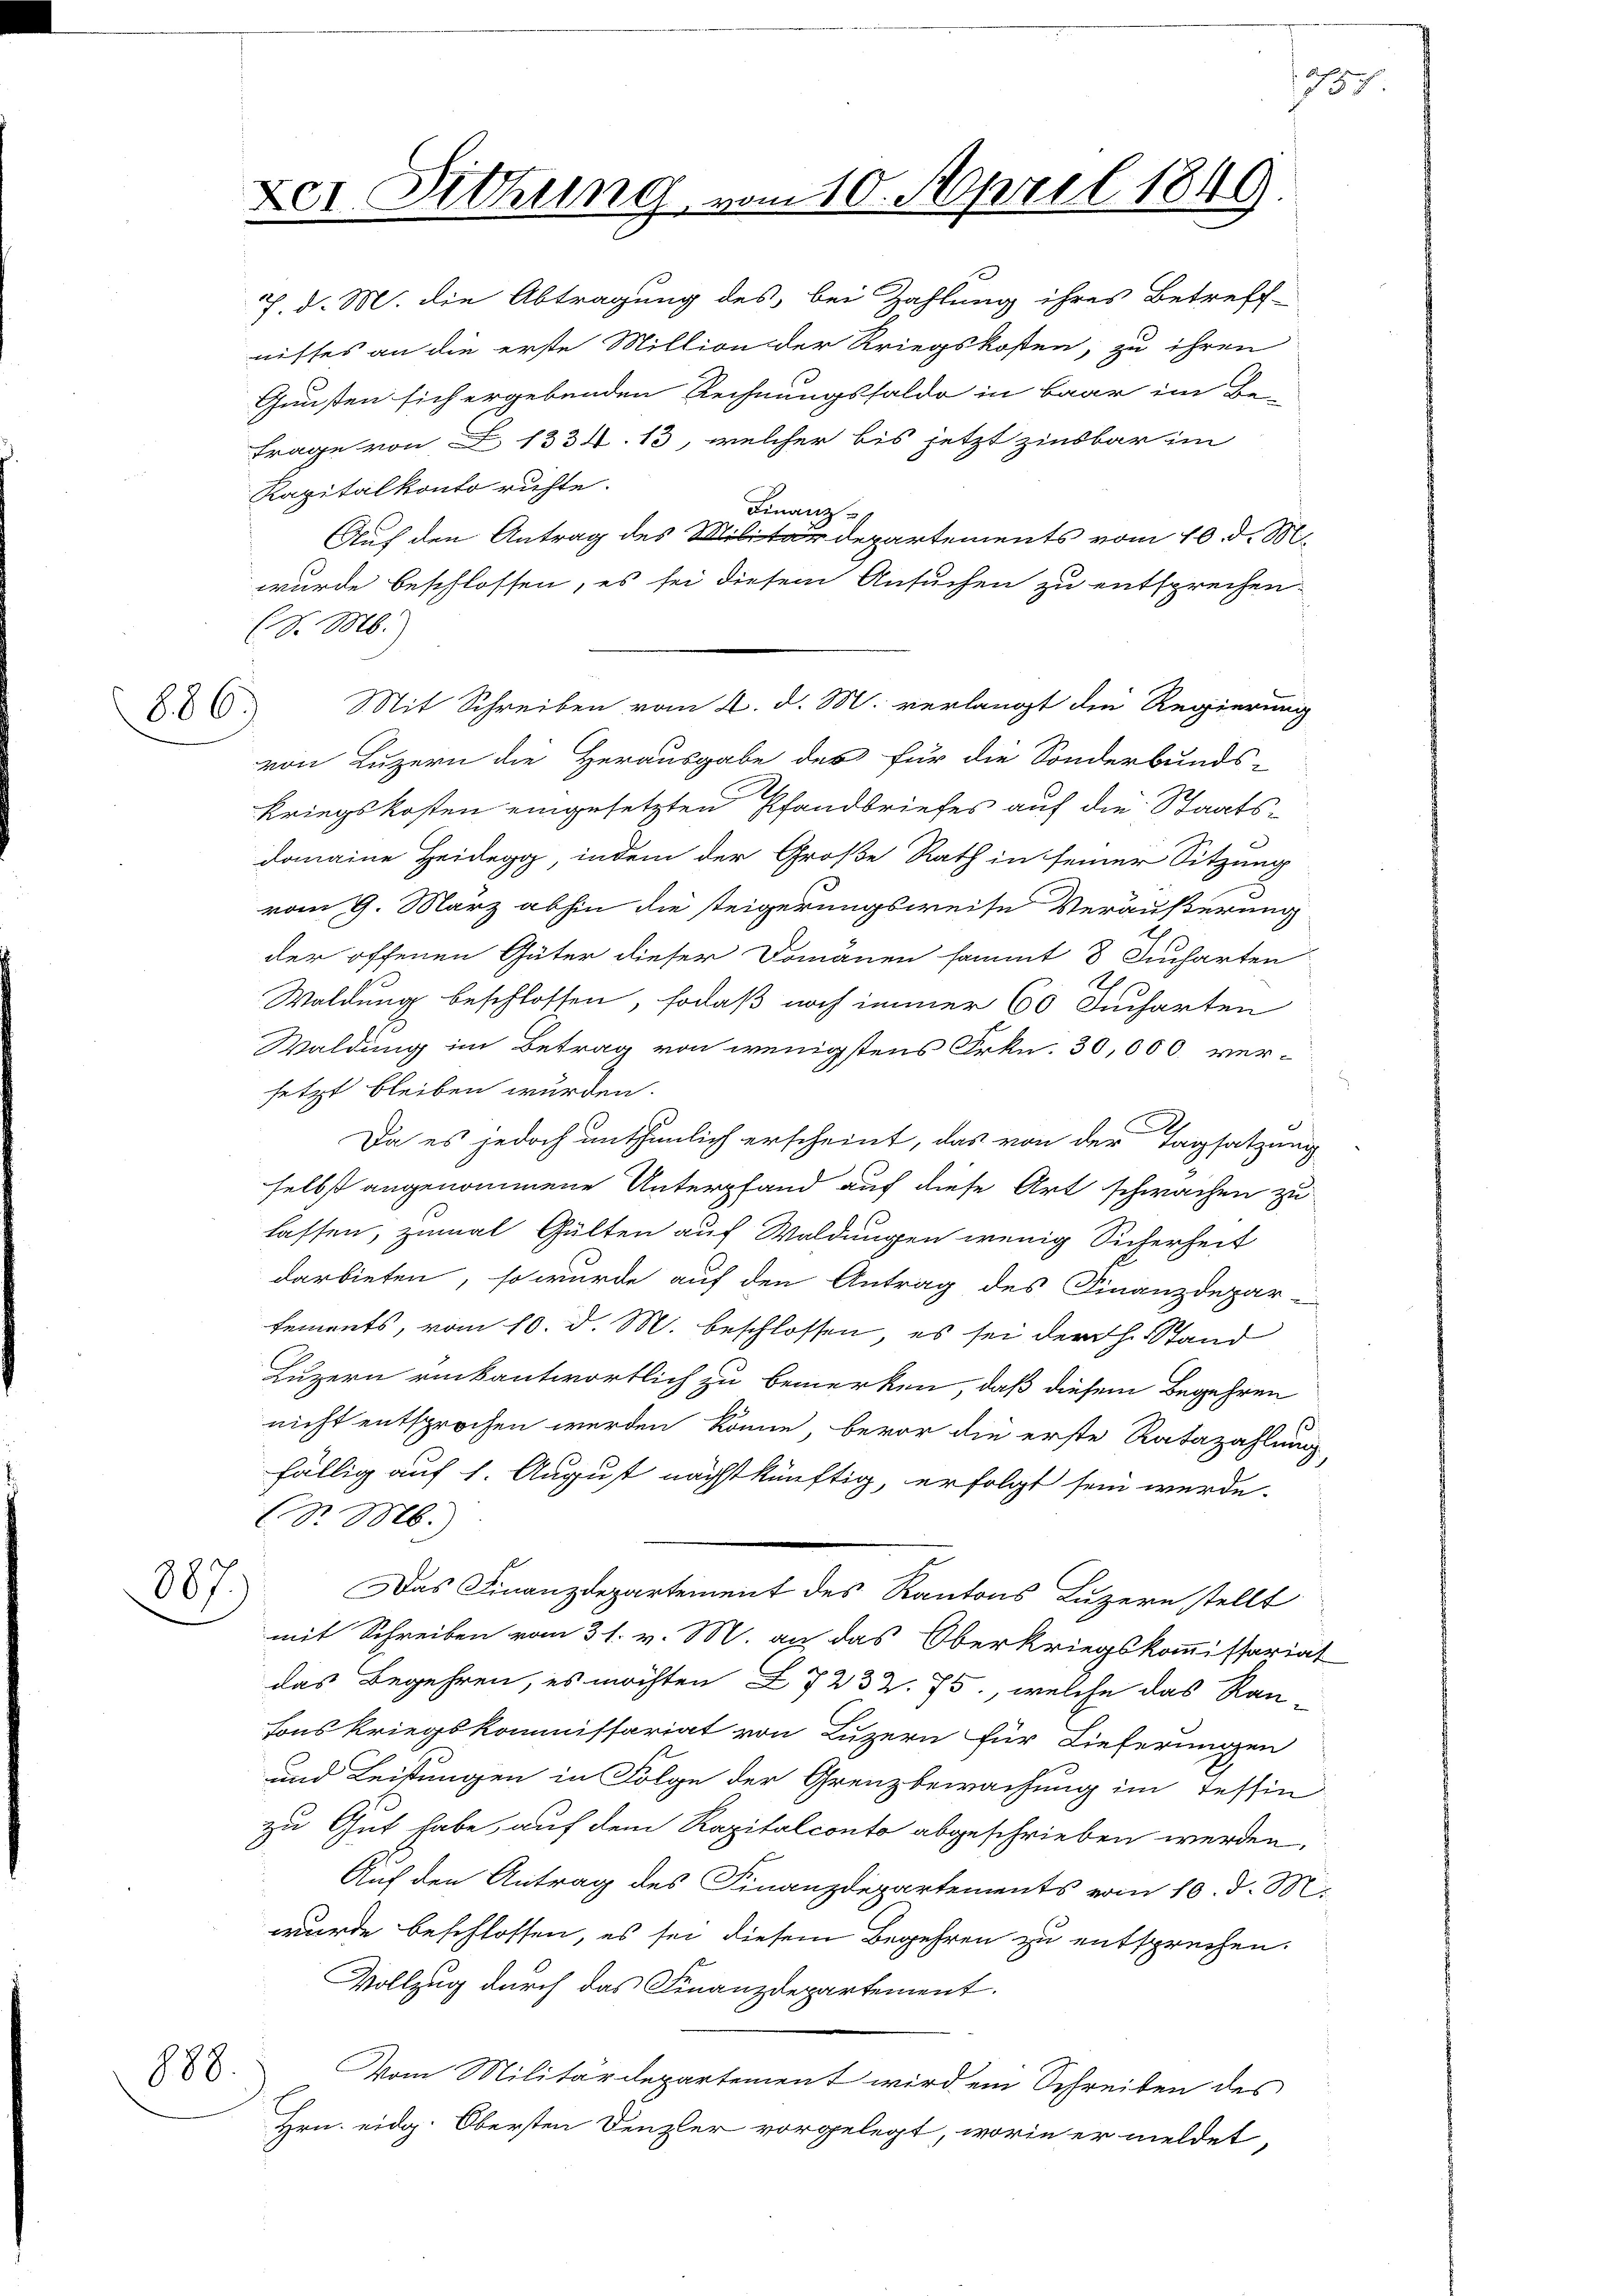
886)

Gunsten sich ergebenden Rechnungssaldo in baar im Be-
Frage von Z. 1334. 13, welcher bis jetzt zinsbar im
Rapitalkonto richte.
Finanz
Auf den Antrag des Militärdepartements vom 10. d. M.
wurde beschlossen, es sei diesem Ansuchen zu entsprechen.
(S. M.
von Luzern die Herausgabe des für die Sonderbunds-
Kriegskosten eingesetzten Pfandbriefes auf die Staatsdomaine Heidegg, indem der Große Rath in seiner Sitzung
vom 9. März abhin die steigerungsweise Veräußerung
der offenen Güter dieser Domänen sammt 8 Jucharten
Waldung beschlossen, sodaß noch immer 60 Jucharten
Waldung im Betrag von wenigstens Frkn. 30,000 versetzt bleiben wurden.
Da es jedoch unthunlich erscheint, das von der Tagsatzung
selbst angenommene Unterpfand auf diese Art schwachen zu
lassen, zumal Gülten auf Waldungen wenig Sicherheit
darbieten, so wurde auf den Antrag des Finanzdepar-
tements, vom 10. d. M. beschlossen, es sei der H. Stand
Luzern rückantwortlich zu bemerken, daß diesem Begehren
nicht entsprochen werden könne, bevor die erste Ratazahlung,
fällig auf 1. August nächstkünftig, erfolgt sein werde.
d. Ms.
387.
Das Finanzdepartement des Kantons Luzern stellt
mit Schreiben vom 31. v. M. an das Oberkriegskommissariat
das Begehren, es möchten Z. 7 232. 75, welche das Ran
tons Kriegskommissariat von Luzern für Lieferungen
und Leistungen in Folge der Grenzbewachung im Tessin
zu Gut habe, auf dem Kapitalconto abgeschrieben werden,
Auf den Antrag des Finanzdepartements vom 10. d. M.
wurde beschlossen, es sei diesem Begehren zu entsprechen.
Vollzug durch das Finanzdepartement.
888.
Vom Militärdepartement wird ein Schreiben des
Hrn. eidg. Obersten Denzler vorgelegt, worin er meldet,

7. d. M. die Abtragung des bei Zahlung ihres Betreff-
nisses an die erste Million der Kriegskosten, zu ihren

1797

Der Sitzung vom 10. April 1849

Mit Schreiben vom 2. d. M. verlangt die Regierung